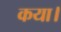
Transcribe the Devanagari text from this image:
कया।